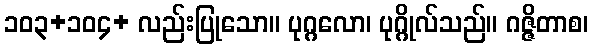
၁၀၃+၁၀၄+ လည်းပြုသော။ ပုဂ္ဂလော၊ ပုဂ္ဂိုလ်သည်။ ဂဇ္ဇိတာစ၊